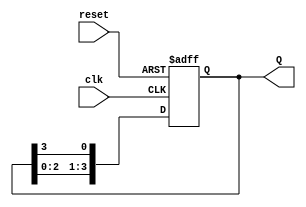
module ring_counter (
    input wire clk,         // Clock input
    input wire reset,       // Asynchronous reset
    output reg [3:0] Q      // Counter output
);

    // Initialization of the counter
    initial begin
        Q = 4'b0001;        // Initial state
    end

    // Sequential logic
    always @(posedge clk or posedge reset) begin
        if (reset) begin
            Q <= 4'b0001;    // Reset to initial state
        end else begin
            Q <= {Q[2:0], Q[3]}; // Shift the '1' to the left
        end
    end
endmodule